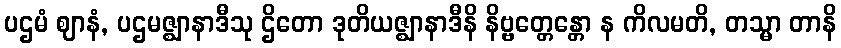
ပဌမံ ဈာနံ, ပဌမဇ္ဈာနာဒီသု ဌိတော ဒုတိယဇ္ဈာနာဒီနိ နိဗ္ဗတ္တေန္တော န ကိလမတိ, တသ္မာ တာနိ